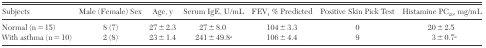
| Subjects | Male (Female) Sex | Age, y | Serum IgE, U/mL | FEV1 % Predicted | Positive Skin Pick Test | Histamine PC20, mg/mL |
 | --- | --- | --- | --- | --- | --- | --- |
 | Normal (n = 15) | 8 (7) | 27 ± 2.3 | 27 ± 8.0 | 104 ± 3.3 | 0 | 20 ± 2.5 |
 | With asthma (n = 10) | 2 (8) | 23 ± 1.4 | 241 ± 49.8a | 106 ± 4.4 | 9 | 3 ± 0.7a |